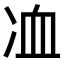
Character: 𠗅